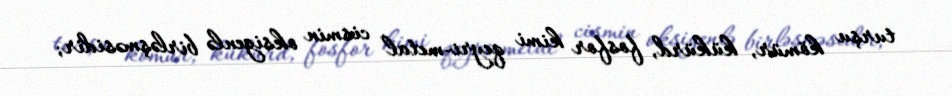
turşu kömür, kükürd, fosfor kimi qeyri-metal cismin oksigenlə birləşməsidir;